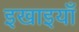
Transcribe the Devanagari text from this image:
इखाइयाँ